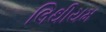
લિથીયમ